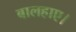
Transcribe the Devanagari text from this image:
बालहाए।